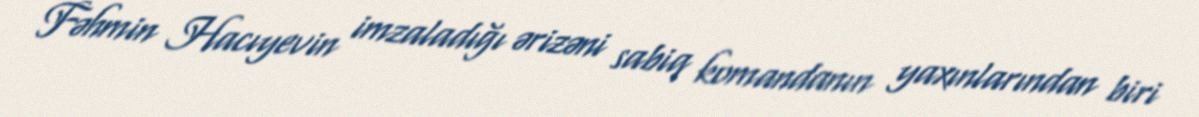
Fəhmin Hacıyevin imzaladığı ərizəni sabiq komandanın yaxınlarından biri